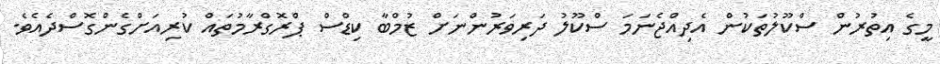
މީގެ އިތުރުން ސްކޫލުތަކުން އެދިއްޖެނަމަ ސްކޫލު ދަރިވަރުންނަށް ޒުމްބާ ކިޑްސް ޕްރޮގްރާމުތައް ކުރިއަށްގެންގޮސްދެއެވެ.